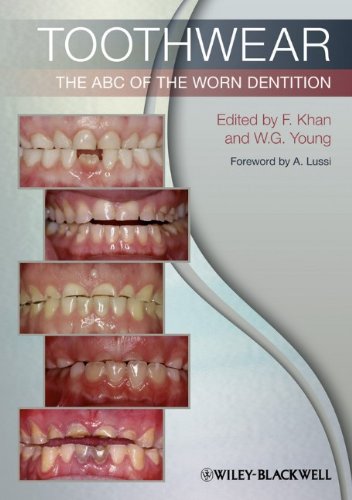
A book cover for Toothwear: The ABC of the Worn Dentition; Farid Khan; Medical Books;